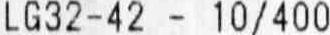
LG32-42 - 10/400